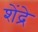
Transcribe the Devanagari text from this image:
शेंद्रे